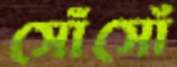
সোঁসোঁ